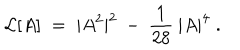
{ \cal { L } } [ A ] \; = \; | A ^ { 2 } | ^ { 2 } \: - \: \frac { 1 } { 2 8 } \: | A | ^ { 4 } \; .